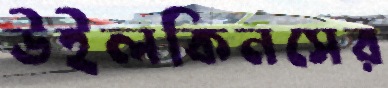
উইলকিনসের